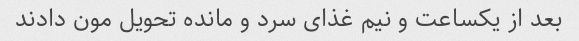
بعد از یکساعت و نیم غذای سرد و مانده تحویل مون دادند